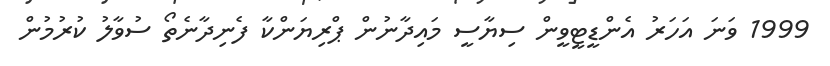
1999 ވަނަ އަހަރު އެންޑީޓީވީން ސިޔާސީ މައިދާނުން ޕްރިޔަންކާ ފެނިދާނެތޯ ސުވާލު ކުރުމުން